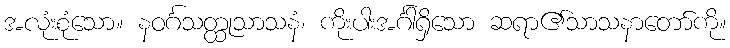
အလုံးစုံသော။ နဝင်္ဂသတ္ထုသာသနံ၊ ကိုးပါးအင်္ဂါရှိသော ဆရာ၏သာသနာတော်ကို။